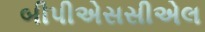
બીપીએસસીએલ